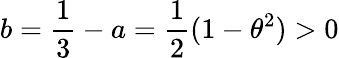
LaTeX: b=\frac{1}{3}-a=\frac{1}{2}(1-\theta^{2})>0